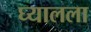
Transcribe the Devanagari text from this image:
घ्यालला